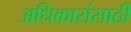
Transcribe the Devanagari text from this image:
अधिकारांसाठी